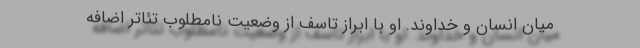
میان انسان و خداوند. او با ابراز تاسف از وضعیت نامطلوب تئاتر اضافه